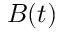
B ( t )